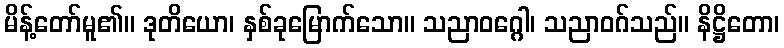
မိန့်တော်မူ၏။ ဒုတိယော၊ နှစ်ခုမြောက်သော။ သညာဝဂ္ဂေါ၊ သညာဝဂ်သည်။ နိဋ္ဌိတော၊